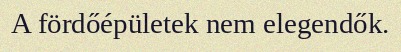
A fördőépületek nem elegendők.